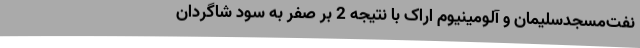
نفت‌مسجدسلیمان و آلومینیوم اراک با نتیجه 2 بر صفر به سود شاگردان